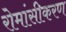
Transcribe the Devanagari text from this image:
रोमांसीकरण